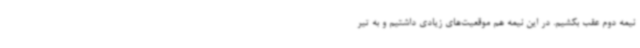
نیمه دوم عقب بکشیم. در این نیمه هم موقعیت‌های زیادی داشتیم و به تیر